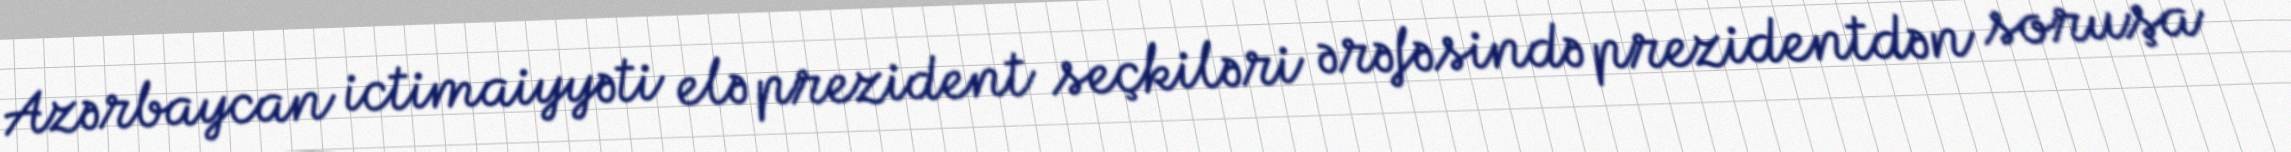
Azərbaycan ictimaiyyəti elə prezident seçkiləri ərəfəsində prezidentdən soruşa